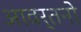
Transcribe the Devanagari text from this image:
आवर्तनो